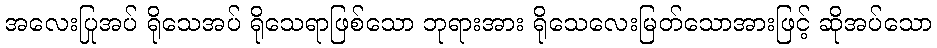
အလေးပြုအပ် ရိုသေအပ် ရိုသေရာဖြစ်သော ဘုရားအား ရိုသေလေးမြတ်သောအားဖြင့် ဆိုအပ်သော